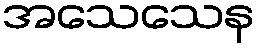
အသေသေန